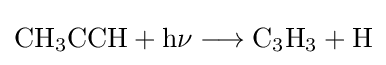
{\mathrm {CH} {\vphantom {A}}_{\smash[{t}]{3}}\mathrm {CCH} {}+{}\mathrm {h\nu } {}\mathrel {\longrightarrow } {}\mathrm {C} {\vphantom {A}}_{\smash[{t}]{3}}\mathrm {H} {\vphantom {A}}_{\smash[{t}]{3}}{}+{}\mathrm {H} }